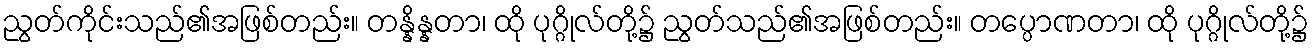
ညွတ်ကိုင်းသည်၏အဖြစ်တည်း။ တန္နိန္နတာ၊ ထို ပုဂ္ဂိုလ်တို့၌ ညွတ်သည်၏အဖြစ်တည်း။ တပ္ပောဏတာ၊ ထို ပုဂ္ဂိုလ်တို့၌